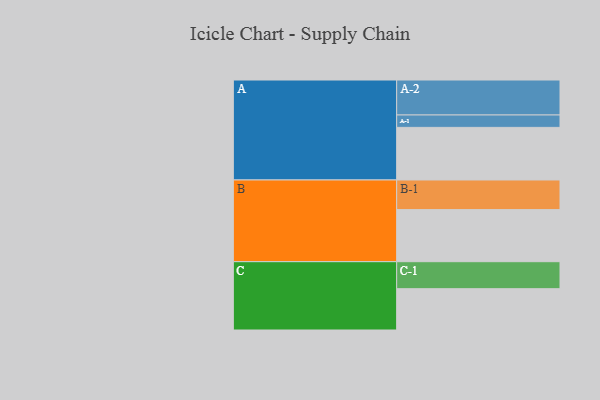
{"axis": {"x": "Segment", "y": "Value"}, "legend": ["", "A", "B", "C"], "data": [{"x": "A", "y": 415, "type": ""}, {"x": "B", "y": 411, "type": ""}, {"x": "C", "y": 326, "type": ""}, {"x": "A-1", "y": 98, "type": "A"}, {"x": "A-2", "y": 276, "type": "A"}, {"x": "B-1", "y": 234, "type": "B"}, {"x": "C-1", "y": 213, "type": "C"}]}